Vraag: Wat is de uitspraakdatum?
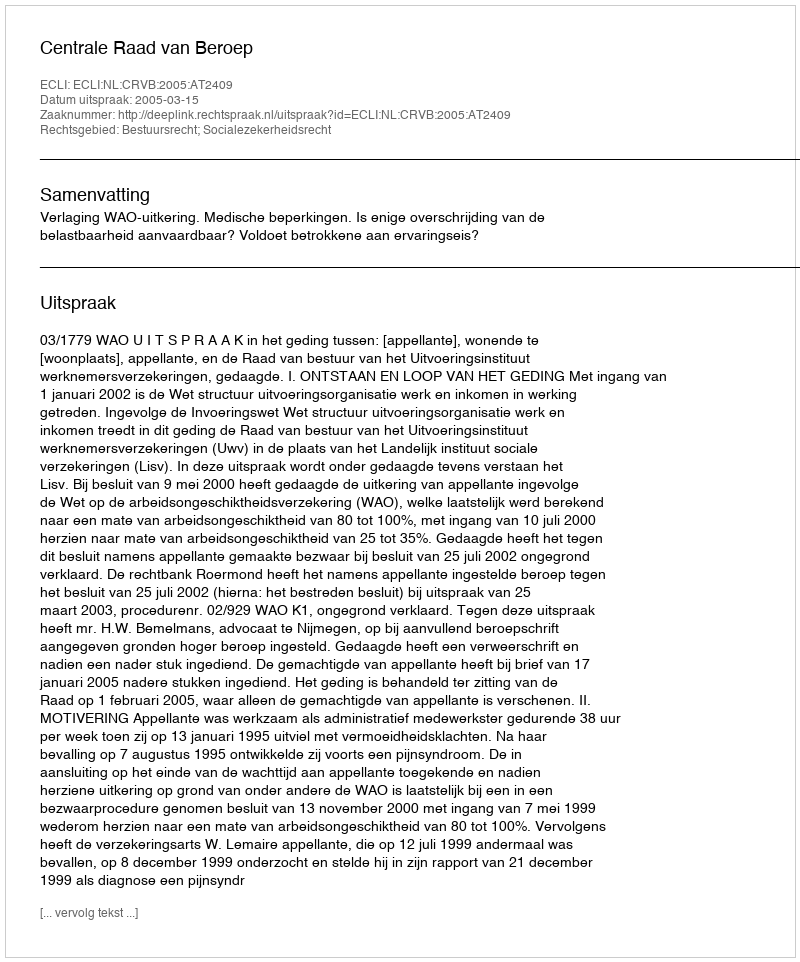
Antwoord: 2005-03-15